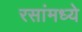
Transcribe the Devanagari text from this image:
रसांमध्ये